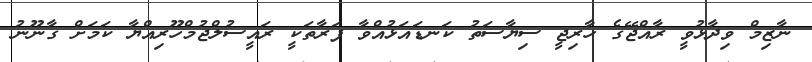
ނާޒިމް ވިދާޅުވީ ރާއްޖޭގެ ހާރިޖީ ސިޔާސަތު ކަނޑައަޅުއްވާ ފަރާތަކީ ރައީސުލްޖުމްހޫރިއްޔާ ކަމަށް ގާނޫނު